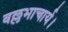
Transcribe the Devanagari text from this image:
वल्लभाचार्य।